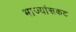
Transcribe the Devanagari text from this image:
भाज्यांसकट